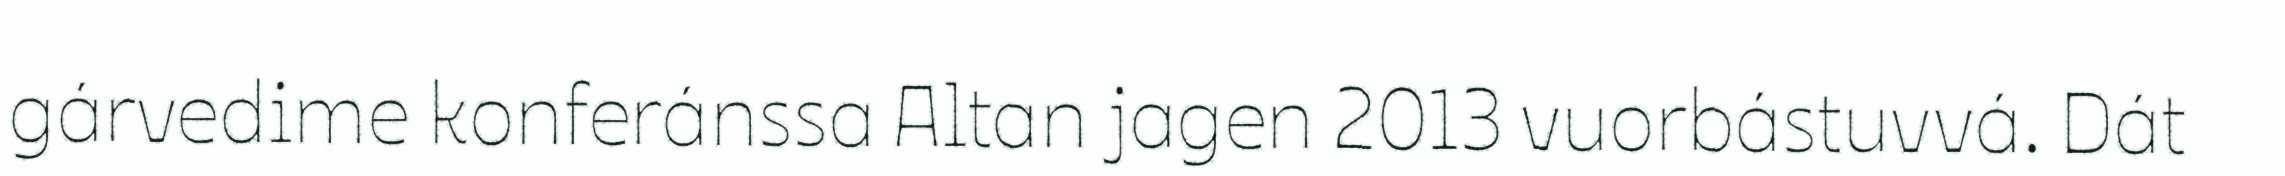
gárvedime konferánssa Altan jagen 2013 vuorbástuvvá. Dát